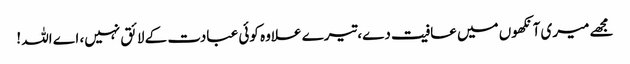
مجھے میری آنکھوں میں عافیت دے،تیرے علاوہ کوئی عبادت کے لائق نہیں، اے اللہ !